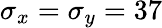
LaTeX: \sigma_{x}=\sigma_{y}=37